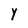
Character: Y